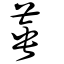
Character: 菙